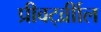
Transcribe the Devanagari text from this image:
प्रीवर्ट्व्रीाल